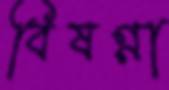
বিষণ্ণা